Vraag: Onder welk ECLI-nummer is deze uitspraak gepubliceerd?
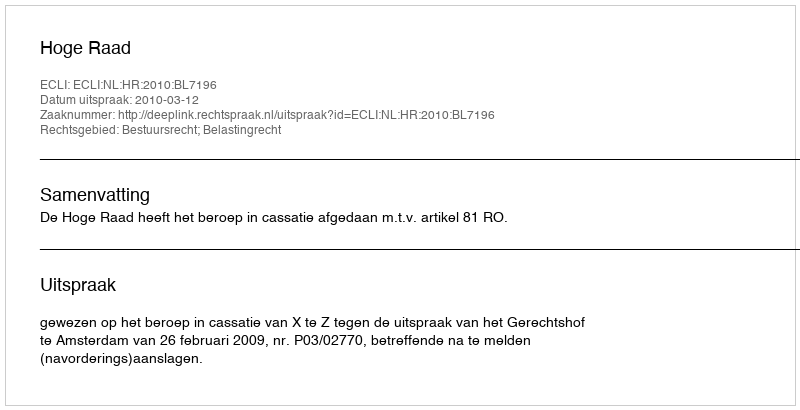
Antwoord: ECLI:NL:HR:2010:BL7196